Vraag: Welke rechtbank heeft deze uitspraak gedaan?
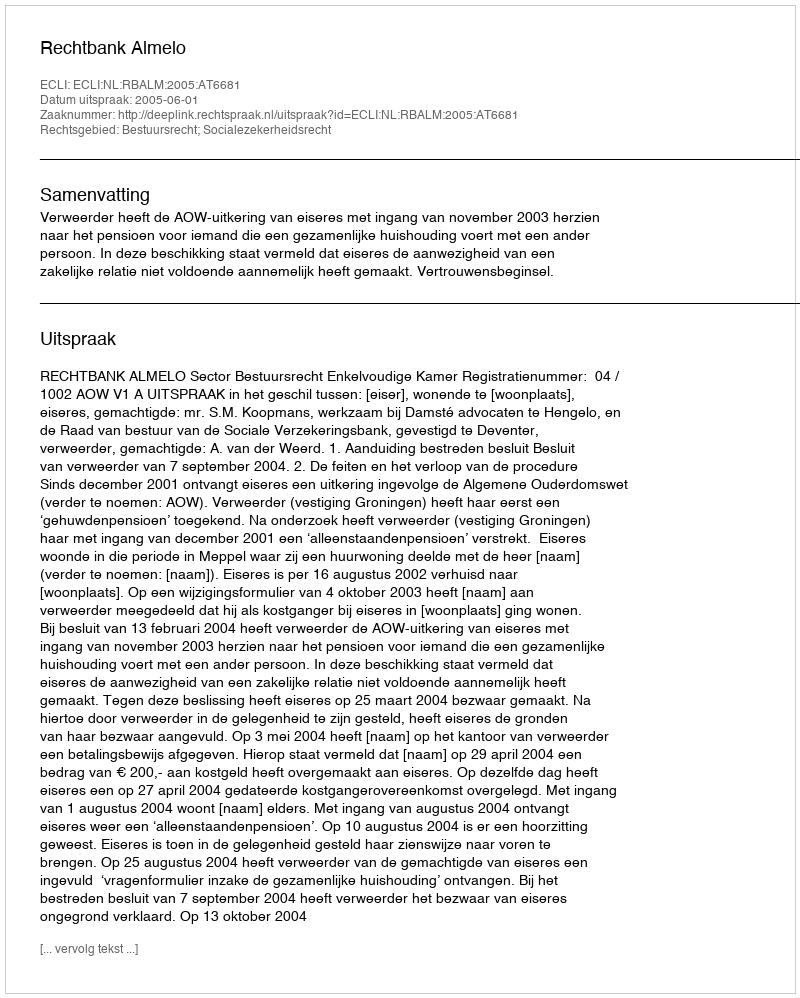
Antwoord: Rechtbank Almelo